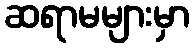
ဆရာမများမှာ